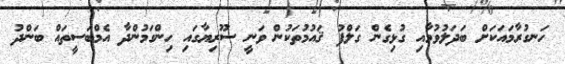
ހަނގުރާމައަކަށް ބަދަލުވުމާއި ގުޅިގެން ގަލްފު ޤައުމުތަކުން ވަނީ ސޫރިޔާގައި ހިންގަމުންދާ އެމްބަސީތައް ބަންދު